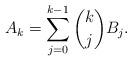
LaTeX: \begin{align*} A_k = \sum_{j=0}^{k-1} \binom{k}{j} B_j.\end{align*}